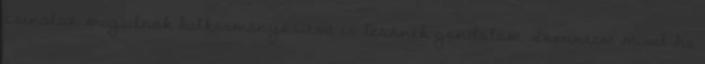
csinálsz magadnak balkormányosítva is lesznek gondolom Szerintem mivel ha